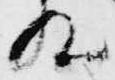
殿